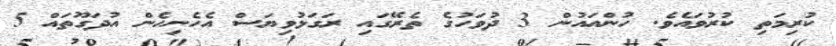
ކުރިމަތި ކުރުވައެވެ. ހުންއައުން 3 ދުވަހުގެ ތެރޭގައި ރަގަޅުވިޔަސް އެހެނިހެން އުދަގޫތައް 5